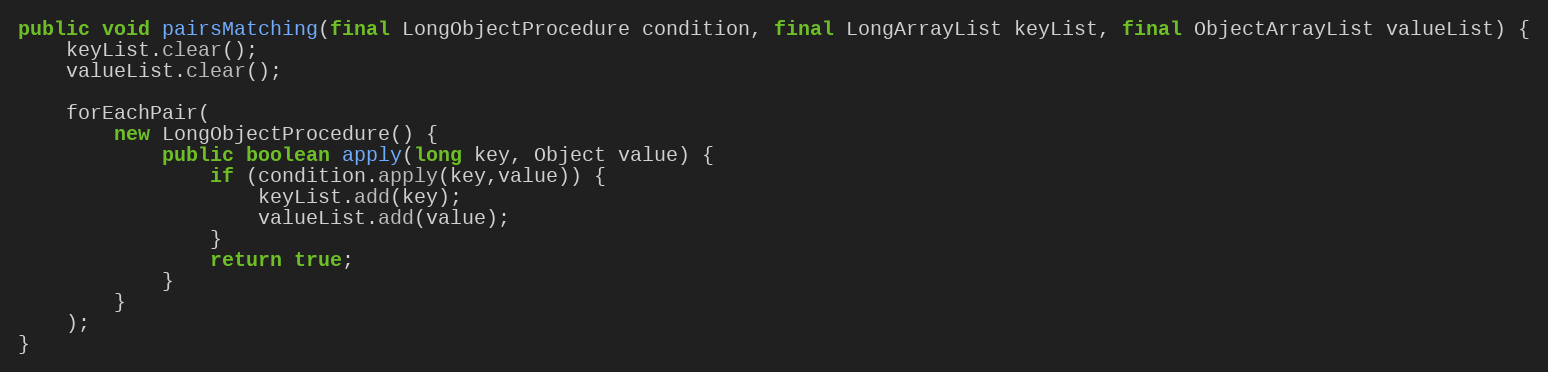
Language: Java
public void pairsMatching(final LongObjectProcedure condition, final LongArrayList keyList, final ObjectArrayList valueList) {
	keyList.clear();
	valueList.clear();

	forEachPair(
		new LongObjectProcedure() {
			public boolean apply(long key, Object value) {
				if (condition.apply(key,value)) {
					keyList.add(key);
					valueList.add(value);
				}
				return true;
			}
		}
	);
}